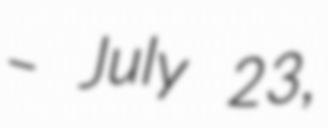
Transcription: – July 23,